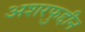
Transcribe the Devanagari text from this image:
अशरफुद्दीन